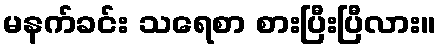
မနက်ခင်း သရေစာ စားပြီးပြီလား။